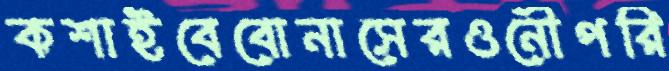
কশাইবেবোনাসেরওনৌপরি